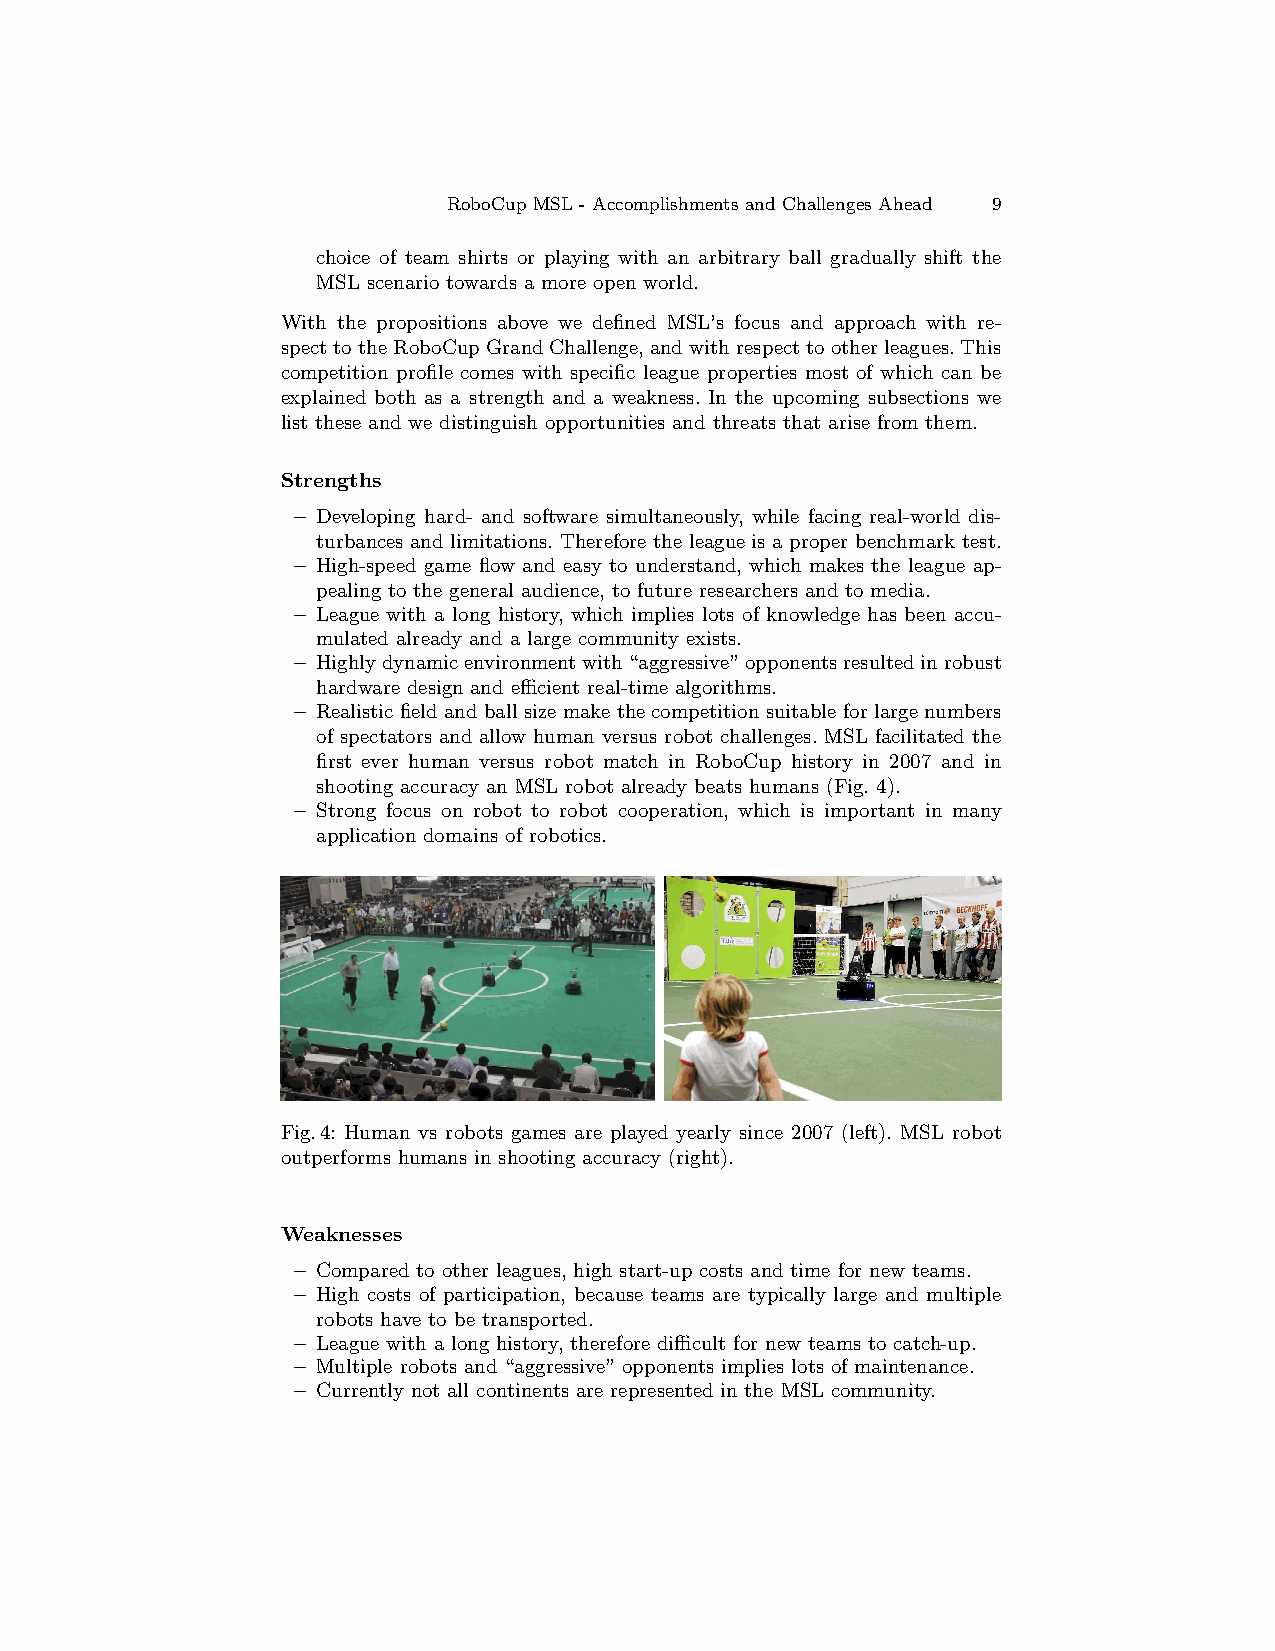
RoboCup MSL - Accomplishments and Challenges Ahead 9
 choice of team shirts or playing with an arbitrary ball gradually shift the
 MSL scenario towards a more open world.
 With the propositions above we defined MSL’s focus and approach with re-
 specttothe RoboCupGrandChallenge,andwithrespecttootherleagues.This
 competition profile comes with specific league properties most of which can be
 explained both as a strength and a weakness. In the upcoming subsections we
 list these and we distinguish opportunities and threats that arise from them.
 Strengths
 – Developing hard- and software simultaneously, while facing real-world dis-
 turbances and limitations. Therefore the league is a proper benchmark test.
 – High-speed game flow and easy to understand, which makes the league ap-
 pealing to the general audience, to future researchers and to media.
 – League with a long history, which implies lots of knowledge has been accu-
 mulated already and a large community exists.
 – Highlydynamicenvironmentwith“aggressive”opponentsresultedinrobust
 hardware design and efficient real-time algorithms.
 – Realistic field andball size make the competition suitable forlarge numbers
 of spectators and allow human versus robot challenges. MSL facilitated the
 first ever human versus robot match in RoboCup history in 2007 and in
 shooting accuracy an MSL robot already beats humans (Fig. 4).
 – Strong focus on robot to robot cooperation, which is important in many
 application domains of robotics.
 Fig.4: Human vs robots games are played yearly since 2007 (left). MSL robot
 outperforms humans in shooting accuracy (right).
 Weaknesses
 – Compared to other leagues, high start-up costs and time for new teams.
 – High costs of participation, because teams are typically large and multiple
 robots have to be transported.
 – League with a long history, therefore difficult for new teams to catch-up.
 – Multiple robots and “aggressive”opponents implies lots of maintenance.
 – Currently not all continents are represented in the MSL community.